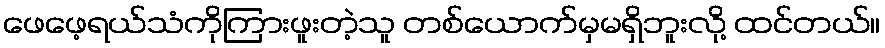
ဖေဖေ့ရယ်သံကိုကြားဖူးတဲ့သူ တစ်ယောက်မှမရှိဘူးလို့ ထင်တယ်။